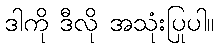
ဒါကို ဒီလို အသုံးပြုပါ။